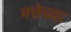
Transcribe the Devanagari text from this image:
मत्तेच्या